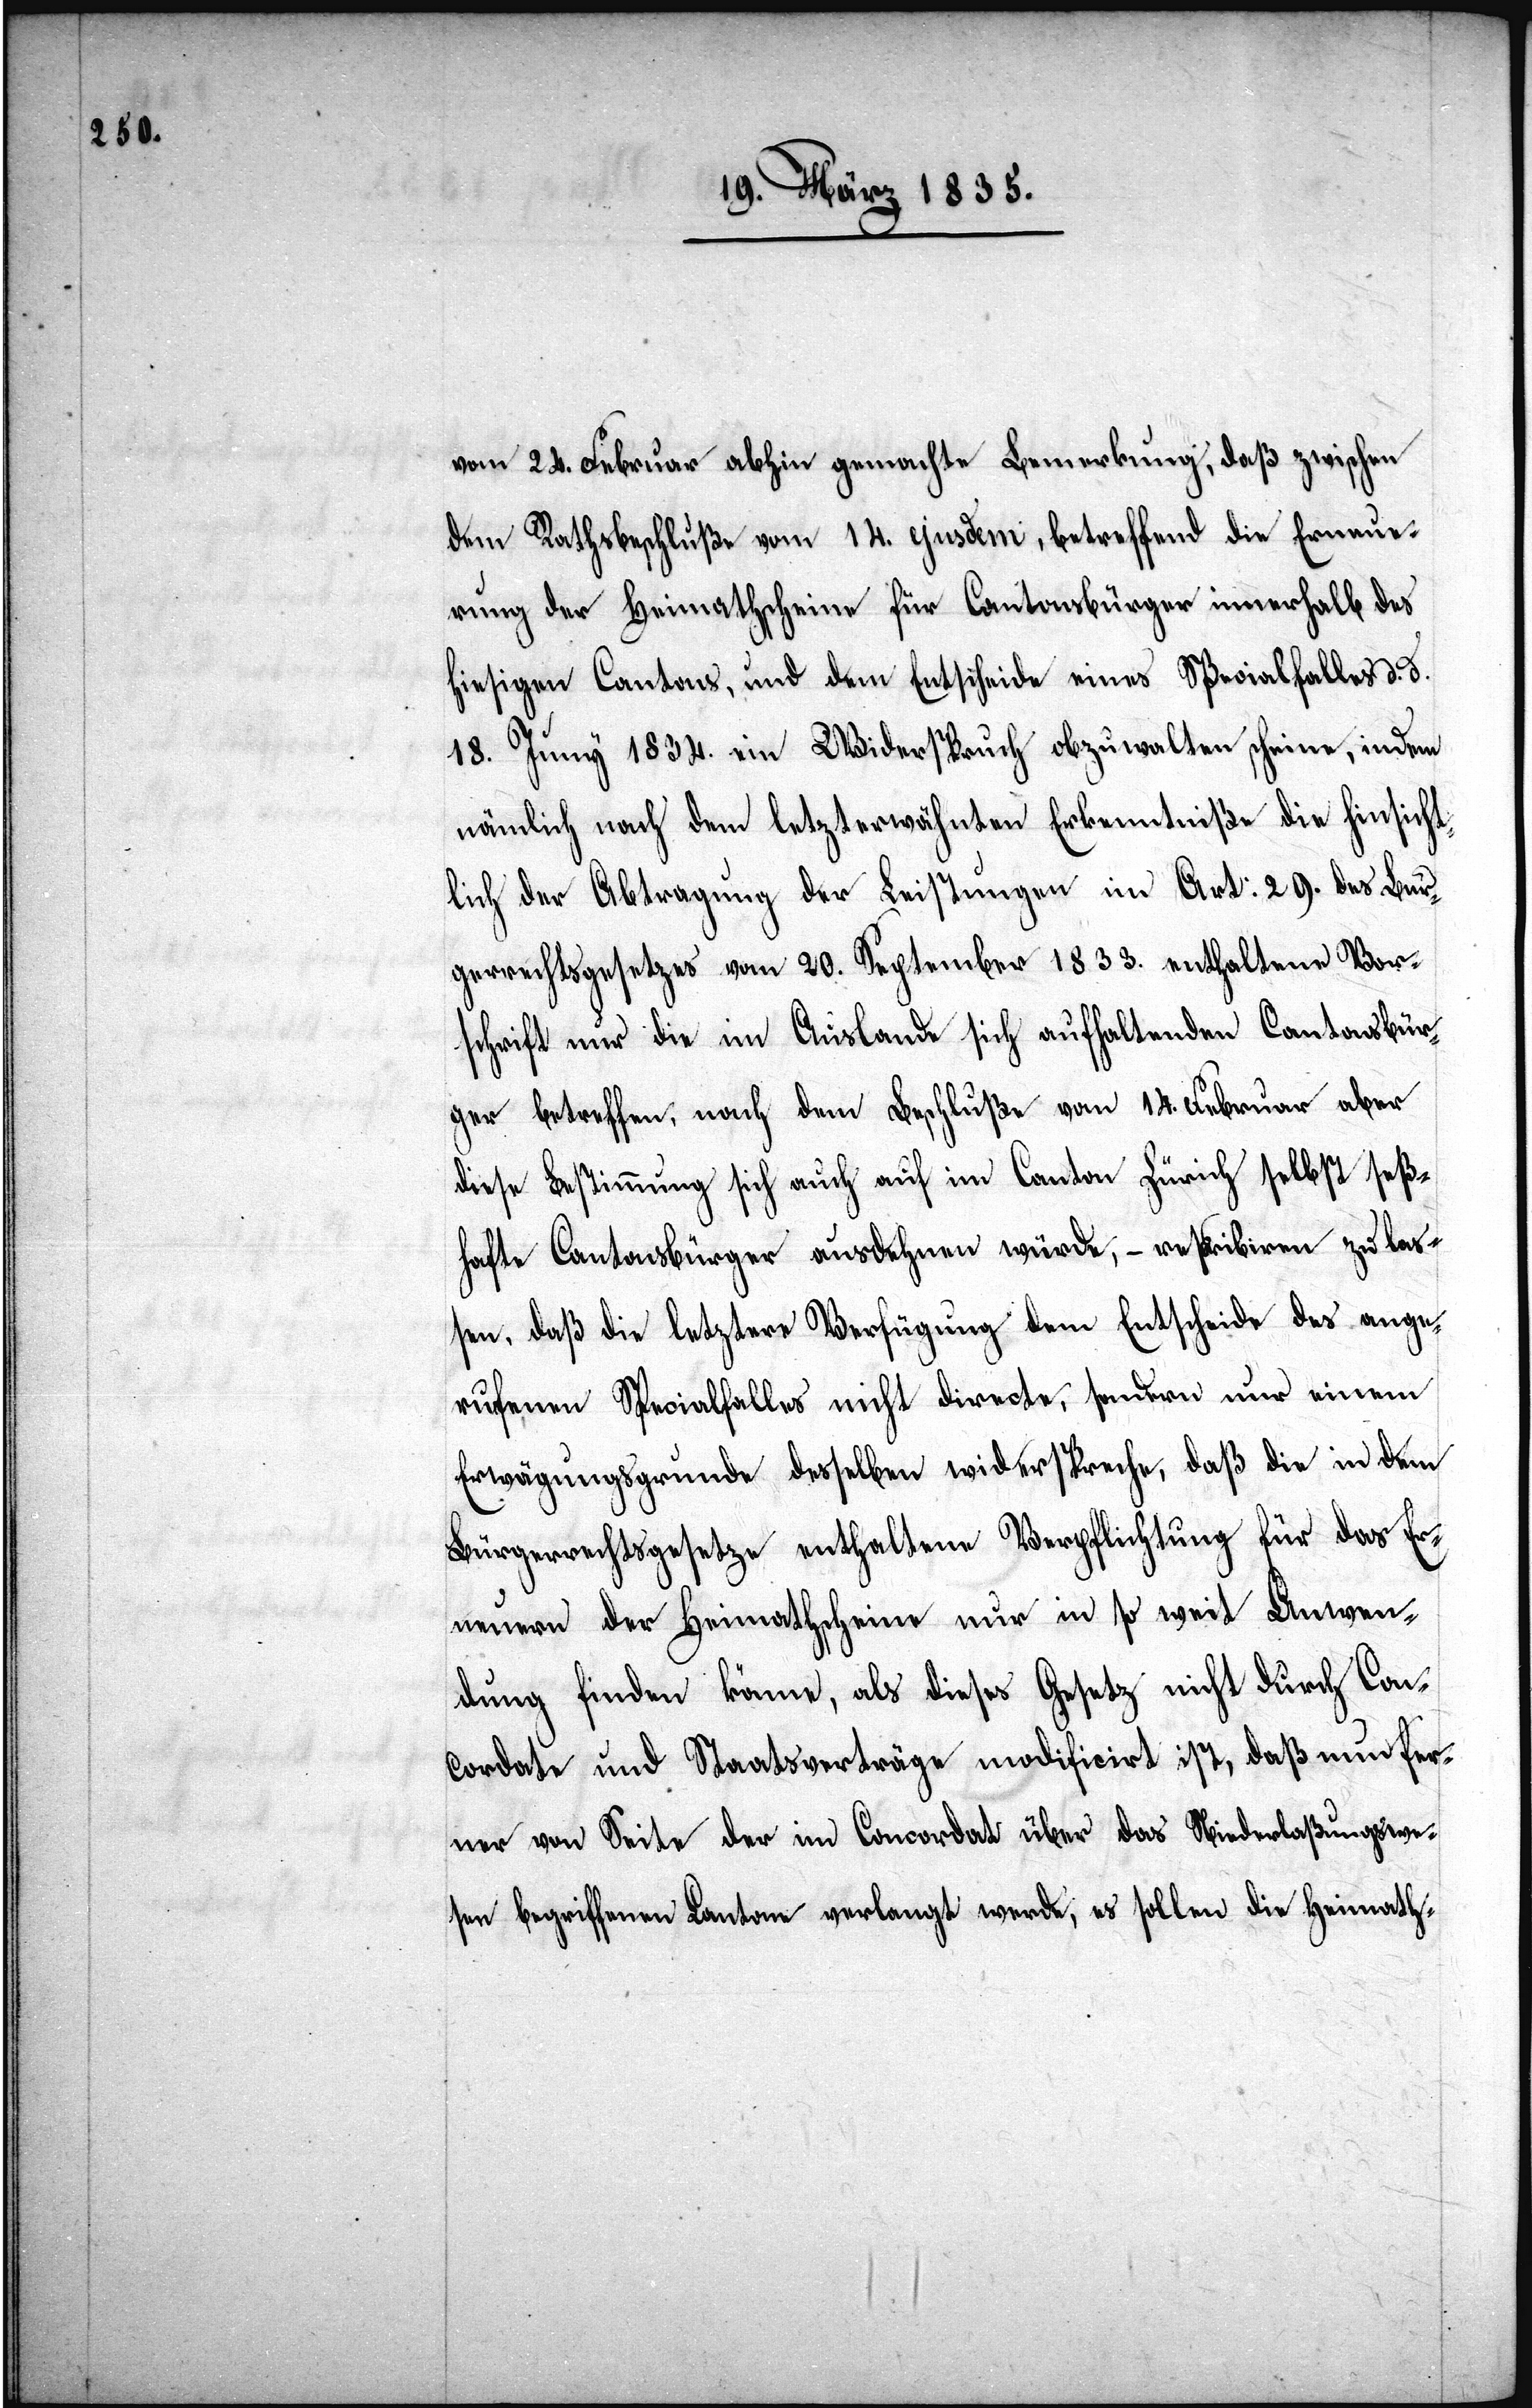
vom 24. Februar abhin gemachte Bemerkung, daß zwischen
dem Rathsbeschluße vom 24. ejusdem, betreffend die Erneue¬
rung der Heimathscheine für Cantonsbürger innerhalb
hiesigen Cantons, und dem Entscheide eines Specialfalles d. d.
18. Juny 1834. ein Widerspruch obzuwalten scheine, indem
nämlich nach dem letzterwähnten Erkenntniße die hinsicht¬
lich der Abtragung der Leistungen in Art: 29. des Bür¬
gerrechtsgesetzes vom 20. September 1833. enthaltene Vor¬
schrift nur die im Auslande sich aufhaltenden Cantonsbür¬
ger betreffen, nach dem Beschluße vom 14. Februar aber
diese Bestimmung sich auch auf im Canton Zürich selbst seß¬
hafte Cantonsbürger ausdehnen würde, – rescribiren zu laß¬
en, daß die letztere Verfügung dem Entscheide des ange¬
rufenen Specialfalles nicht directe, sondern nur einem
Erwägungsgrunde desselben widerspreche, daß die in dem
Bürgerrechtsgesetze enthaltene Verpflichtung für das Er¬
neuern der Heimathscheine nur in so weit Anwen¬
dung finden könne, als dieses Gesetz nicht durch Con¬
cordate und Staatsverträge modificirt ist, daß nun fer¬
ner von Seite der im Concordat über das Niederlaßungswe¬
sen begriffenen Cantone verlangt werde, es sollen die Heimath-